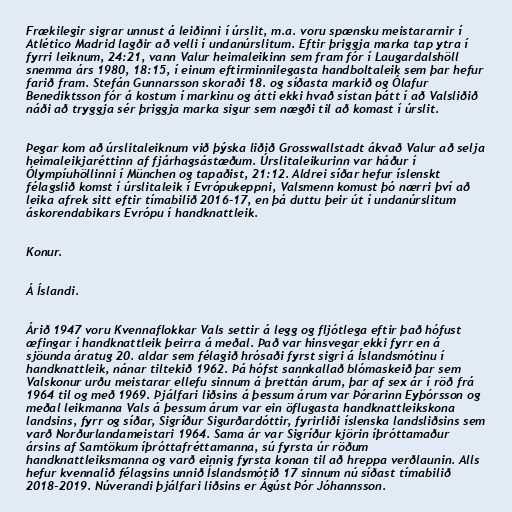
Frækilegir sigrar unnust á leiðinni í úrslit, m.a. voru spænsku meistararnir í
Atlético Madrid lagðir að velli í undanúrslitum. Eftir þriggja marka tap ytra í
fyrri leiknum, 24:21, vann Valur heimaleikinn sem fram fór í Laugardalshöll
snemma árs 1980, 18:15, í einum eftirminnilegasta handboltaleik sem þar hefur
farið fram. Stefán Gunnarsson skoraði 18. og síðasta markið og Ólafur
Benediktsson fór á kostum í markinu og átti ekki hvað sístan þátt í að Valsliðið
náði að tryggja sér þriggja marka sigur sem nægði til að komast í úrslit.

Þegar kom að úrslitaleiknum við þýska liðið Grosswallstadt ákvað Valur að selja
heimaleikjaréttinn af fjárhagsástæðum. Úrslitaleikurinn var háður í
Ólympíuhöllinni í München og tapaðist, 21:12. Aldrei síðar hefur íslenskt
félagslið komst í úrslitaleik í Evrópukeppni, Valsmenn komust þó nærri því að
leika afrek sitt eftir tímabilið 2016-17, en þá duttu þeir út í undanúrslitum
áskorendabikars Evrópu í handknattleik.

Konur.

Á Íslandi.

Árið 1947 voru Kvennaflokkar Vals settir á legg og fljótlega eftir það hófust
æfingar í handknattleik þeirra á meðal. Það var hinsvegar ekki fyrr en á
sjöunda áratug 20. aldar sem félagið hrósaði fyrst sigri á Íslandsmótinu í
handknattleik, nánar tiltekið 1962. Þá hófst sannkallað blómaskeið þar sem
Valskonur urðu meistarar ellefu sinnum á þrettán árum, þar af sex ár í röð frá
1964 til og með 1969. Þjálfari liðsins á þessum árum var Þórarinn Eyþórsson og
meðal leikmanna Vals á þessum árum var ein öflugasta handknattleikskona
landsins, fyrr og síðar, Sigríður Sigurðardóttir, fyrirliði íslenska landsliðsins sem
varð Norðurlandameistari 1964. Sama ár var Sigríður kjörin íþróttamaður
ársins af Samtökum íþróttafréttamanna, sú fyrsta úr röðum
handknattleiksmanna og varð einnig fyrsta konan til að hreppa verðlaunin. Alls
hefur kvennalið félagsins unnið Íslandsmótið 17 sinnum nú síðast tímabilið
2018-2019. Núverandi þjálfari liðsins er Ágúst Þór Jóhannsson.